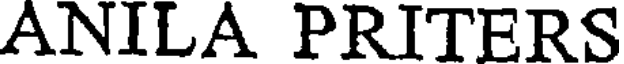
ANILA PRITERS